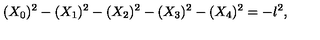
( X _ { 0 } ) ^ { 2 } - ( X _ { 1 } ) ^ { 2 } - ( X _ { 2 } ) ^ { 2 } - ( X _ { 3 } ) ^ { 2 } - ( X _ { 4 } ) ^ { 2 } = - l ^ { 2 } ,